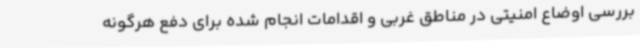
بررسی اوضاع امنیتی در مناطق غربی و اقدامات انجام شده برای دفع هرگونه